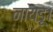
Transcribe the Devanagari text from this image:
नायडू।